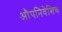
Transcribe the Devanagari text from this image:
औपनिवेशिक